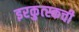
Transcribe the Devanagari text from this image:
इरकुत्स्कची